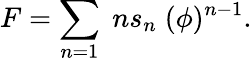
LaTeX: F=\sum_{n=1}\; ns_{n}\; (\phi)^{n-1}.